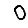
Digit: 0